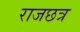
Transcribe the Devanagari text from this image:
राजछत्र